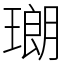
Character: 𤨡